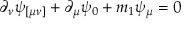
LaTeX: \partial _ { \nu } \psi _ { [ \mu \nu ] } + \partial _ { \mu } \psi _ { 0 } + m _ { 1 } \psi _ { \mu } = 0